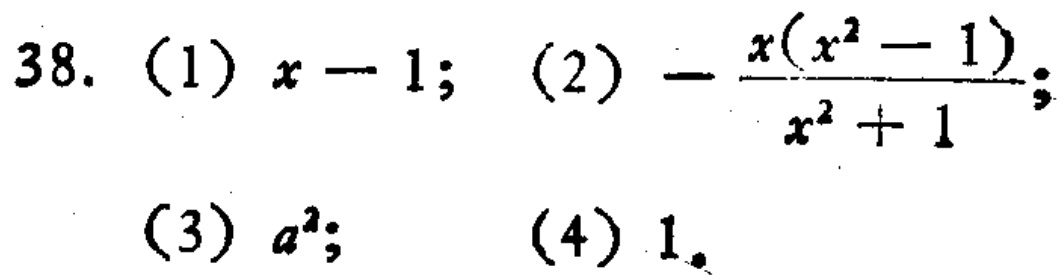
38. (1) \(x - 1\); (2) \(-\frac{x(x^{2}-1)}{x^{2}+1}\); (3) \(a^{2}\); (4) \(1\)。